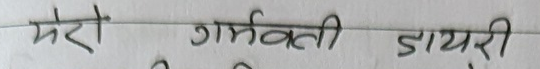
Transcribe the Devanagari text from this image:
मेरो गर्भवती डायरी